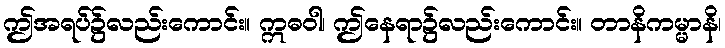
ဤအရပ်၌လည်းကောင်း။ ဣဓဝါ၊ ဤနေရာ၌လည်းကောင်း။ တာနိကမ္မာနိ၊